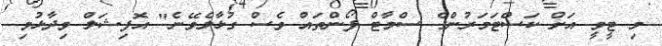
މި ޓީވީ އަށް ކަސްޓަމަރުންގެ ސްމާޓް ފޯންތައް ވެސް ގުޅާލެވޭނެ" އޮފިޝަލް ވިދާޅުވި